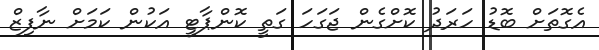
އެގޮތަށް ބޮޑު ހަރަދު ކޮށްގެން ޖަގަހަ ގަތީ ކޮންޕާޓީ އަކުން ކަމަށް ނާފިޒް